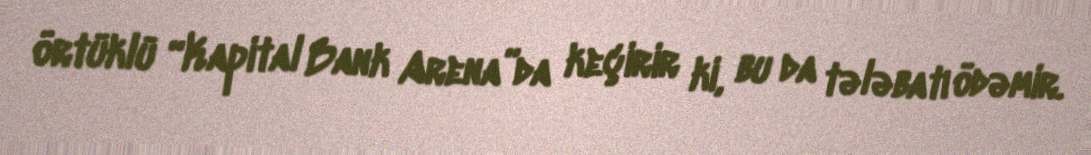
örtüklü “Kapital Bank Arena”da keçirir ki, bu da tələbatı ödəmir.